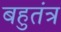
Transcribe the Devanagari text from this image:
बहुतंत्र